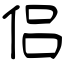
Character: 侣